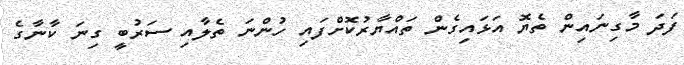
ފަދަ މާގިނައިން ތެޔޮ އަޅައިގެން ތައްޔާރުކޮށްފައި ހުންނަ ތެލާއި ސަރުބީ ގިނަ ކާނާގެ